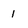
Character: 1